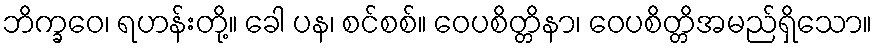
ဘိက္ခဝေ၊ ရဟန်းတို့။ ခေါ ပန၊ စင်စစ်။ ဝေပစိတ္တိနာ၊ ဝေပစိတ္တိအမည်ရှိသော။